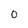
Character: 0